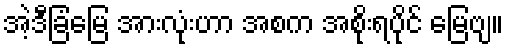
အဲ့ဒီခြံမြေ အားလုံးဟာ အစက အစိုးရပိုင် မြေဗျ။